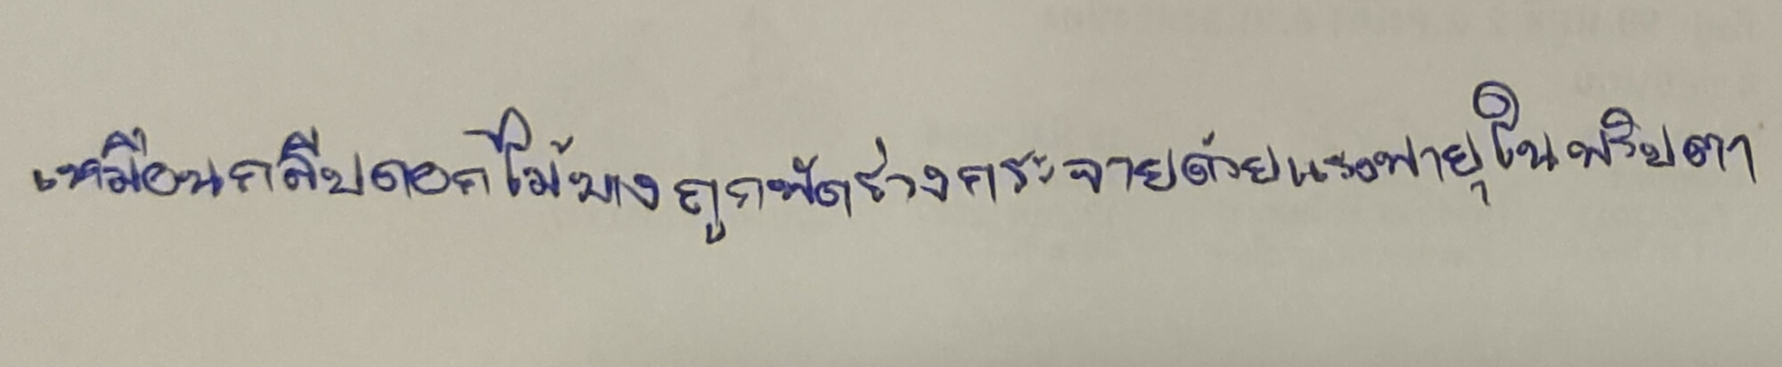
เหมือนกลีบดอกไม้บางถูกพัดร่วงกระจายด้วยแรงพายุในพริบตา